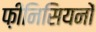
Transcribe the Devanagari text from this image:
फ़ीनिसियनों